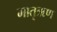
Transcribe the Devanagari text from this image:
मातृऋण